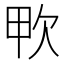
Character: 𣢗